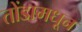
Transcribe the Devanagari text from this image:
तोंडामधून